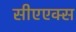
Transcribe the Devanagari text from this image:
सीएएक्स